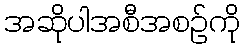
အဆိုပါအစီအစဉ်ကို